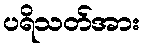
ပရိသတ်အား